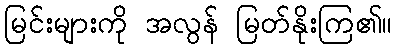
မြင်းများကို အလွန် မြတ်နိုးကြ၏။